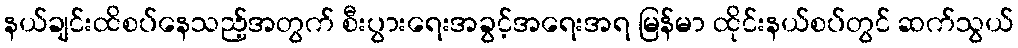
နယ်ချင်းထိစပ်နေသည့်အတွက် စီးပွားရေးအခွင့်အရေးအရ မြန်မာ ထိုင်းနယ်စပ်တွင် ဆက်သွယ်